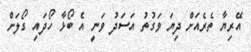
އޭރިޔާ ތެރެއަށް ދިޔަ ވަގުތު އަސަދު ވަނީ އެ ބޯޅާ ހޯދައި ގޯލަށް